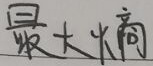
最大熵